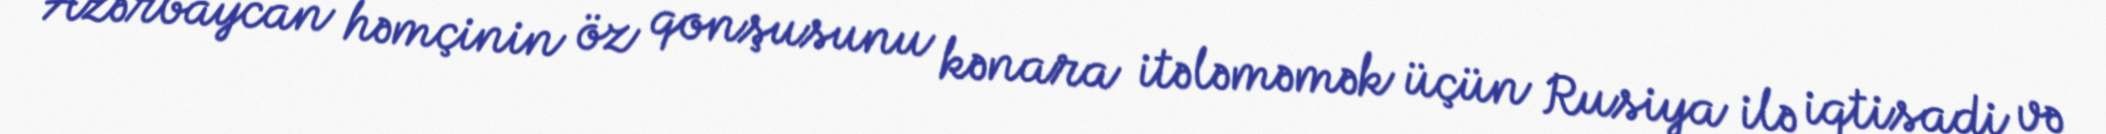
“Azərbaycan həmçinin öz qonşusunu kənara itələməmək üçün Rusiya ilə iqtisadi və